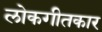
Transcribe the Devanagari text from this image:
लोकगीतकार